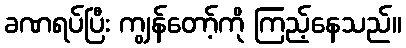
ခဏရပ်ပြီး ကျွန်တော့်ကို ကြည့်နေသည်။